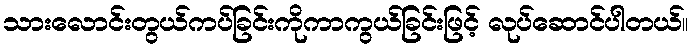
သားလောင်းတွယ်ကပ်ခြင်းကိုကာကွယ်ခြင်းဖြင့် လုပ်ဆောင်ပါတယ်။